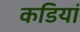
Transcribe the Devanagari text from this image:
कडियां